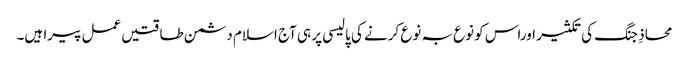
محاذِ جنگ کی تکثیر اوراس کو نوع بہ نوع کرنے کی پالیسی پر ہی آج اسلام دشمن طاقتیں عمل پیرا ہیں۔